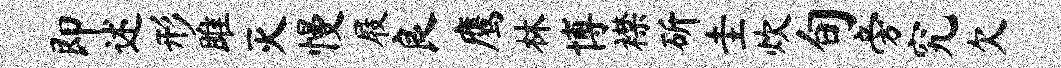
即述形雎灭慢屐良鹰林博襟斫圭炊旬旁究欠